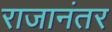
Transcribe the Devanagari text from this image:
राजानंतर